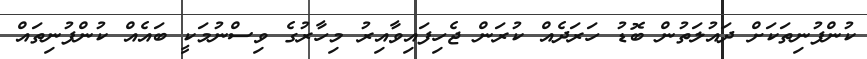
ކުންފުނިތަކަށް ދައުލަތުން ބޮޑު ހަރަދެއް ކުރަން ޖެހިފައިވާއިރު މިހާރުގެ ވިސްނުމަކީ ބައެއް ކުންފުނިތައް